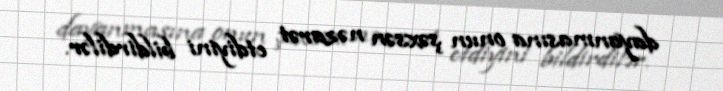
dayanmasına onun şəxsən nəzarət etdiyini bildirdilər.